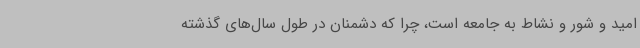
امید و شور و نشاط به جامعه است، چرا که دشمنان در طول سال‌های گذشته